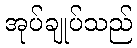
အုပ်ချုပ်သည်